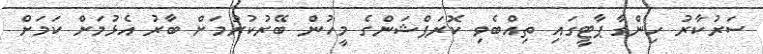
ސަރުކާރު ހިންގާ ޕާޓީގައި ތިއްބެވި ކޮރަޕްޝަންގެ މީހުން ބޭރުކުރުމަށް ބާރު އެޅުމަށް ކަމަށް